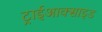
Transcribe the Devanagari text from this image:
ट्राईआक्साइड